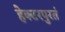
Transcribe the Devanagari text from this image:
हेक्टरपुरतं